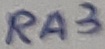
Text: RA3